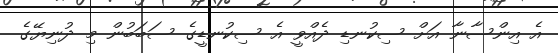
އެ އިންސާނާ އަށް ސިކުނޑި ދެއްވީ އެ ސިކުނޑީގެ ސަބަބުން މި ދުނިޔޭގެ